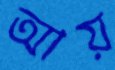
আয়